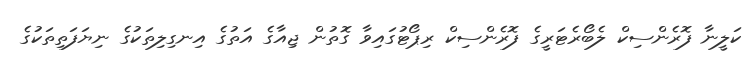
ކަލީނާ ފޮރެންސިކް ލެބޯރެޓަރީގެ ފޮރެންސިކް ރިޕޯޓުގައިވާ ގޮތުން ޖިއާގެ އަތުގެ އިނގިލިތަކުގެ ނިޔަފަތިތަކުގެ